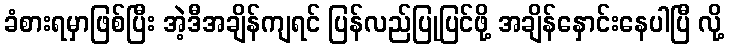
ခံစားရမှာဖြစ်ပြီး အဲ့ဒီအချိန်ကျရင် ပြန်လည်ပြုပြင်ဖို့ အချိန်နှောင်းနေပါပြီ လို့